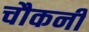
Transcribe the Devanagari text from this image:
चौकनी